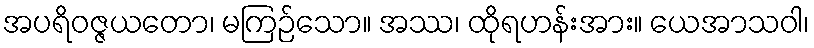
အပရိဝဇ္ဇယတော၊ မကြဉ်သော။ အဿ၊ ထိုရဟန်းအား။ ယေအာသဝါ၊